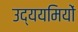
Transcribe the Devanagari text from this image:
उद्ययमियों